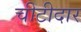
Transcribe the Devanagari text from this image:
चीटीदार